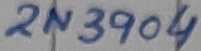
Text: 2N3904